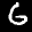
Digit: 6